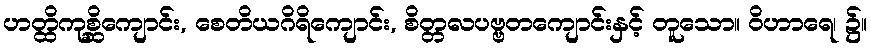
ဟတ္ထိကုစ္ဆိကျောင်း, စေတိယဂိရိကျောင်း, စိတ္တလပဗ္ဗတကျောင်းနှင့် တူသော။ ဝိဟာရေ၊ ၌။